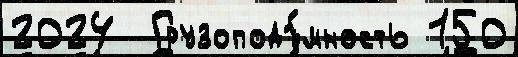
2024  Грузоподъ́мность 150